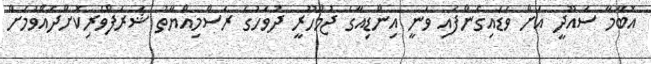
އޮބާމާ ސައޫދީ އަށް ވަޑައިގެންފައި ވަނީ އިންޑިއާގެ ޖުމްހޫރީ ދުވަހުގެ ރަސްމިއްޔާތު ޝަރަފްވެރިކޮށްދެއްވުމަށް